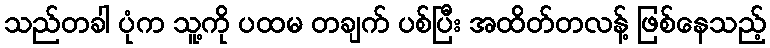
သည်တခါ ပုံက သူ့ကို ပထမ တချက် ပစ်ပြီး အထိတ်တလန့် ဖြစ်နေသည့်